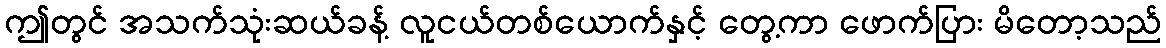
ဤတွင် အသက်သုံးဆယ်ခန့် လူငယ်တစ်ယောက်နှင့် တွေ့ကာ ဖောက်ပြား မိတော့သည်